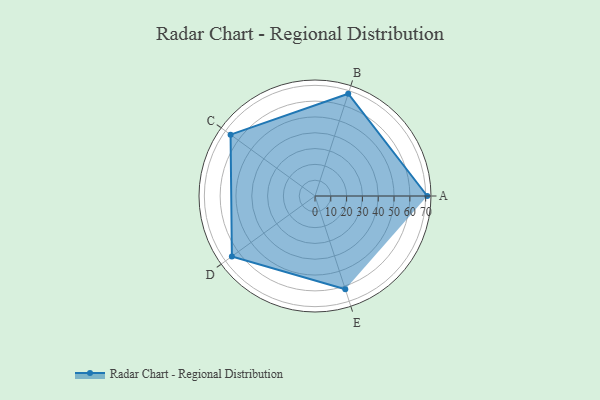
{"axis": {"x": "Skill", "y": "Score"}, "legend": ["Profile"], "data": [{"x": "A", "y": 71.0, "type": "Profile"}, {"x": "B", "y": 68.0, "type": "Profile"}, {"x": "C", "y": 66.0, "type": "Profile"}, {"x": "D", "y": 65.0, "type": "Profile"}, {"x": "E", "y": 62.0, "type": "Profile"}]}